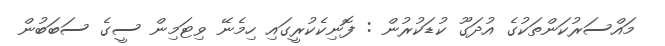
މައްސަރުކަންތަކުގެ އުދަގޫ ކުޑަކުރުން : ފޮނިކެކުރީގައި ހިމެނޭ ވިޓަމިން ސީގެ ސަބަބުން